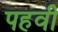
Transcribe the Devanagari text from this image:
पहवी